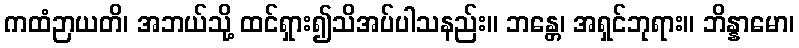
ကထံဉာယတိ၊ အဘယ်သို့ ထင်ရှား၍သိအပ်ပါသနည်း။ ဘန္တေ၊ အရှင်ဘုရား။ ဘိန္နာမော၊